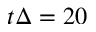
t \Delta = 2 0